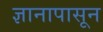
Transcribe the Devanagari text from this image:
ज्ञानापासून